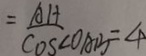
= \frac { A H } { \cos \angle O A B } = 4